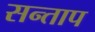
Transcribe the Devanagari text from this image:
सन्‍ताप